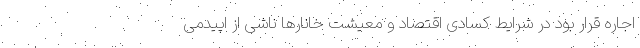
اجاره قرار بود در شرایط کسادی اقتصاد و معیشت خانارها ناشی از اپیدمی